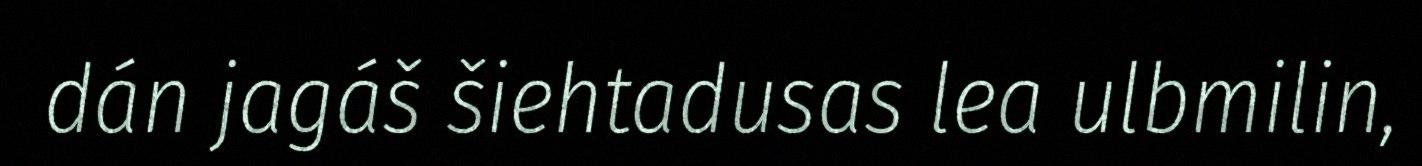
dán jagáš šiehtadusas lea ulbmilin,